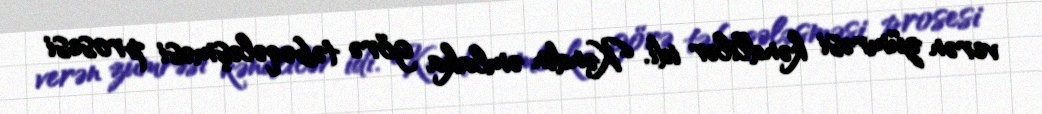
verən zümrəsi kəndlilər idi. Kəndin əmlaka görə təbəqələşməsi prosesi